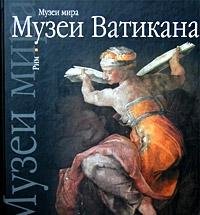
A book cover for Museos del Vaticano: Roma (Spanish Edition); Oceano; Travel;